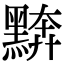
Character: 𪑖